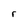
Character: r